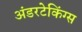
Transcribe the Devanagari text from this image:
अंडरटेकिंग्स